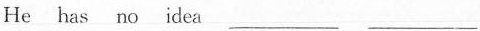
He has no idea ___ ___